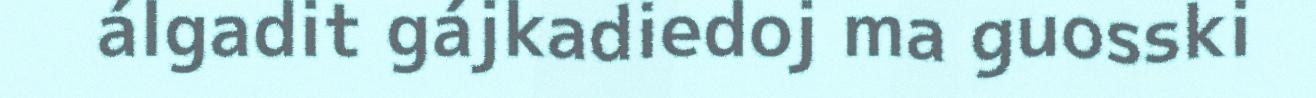
álgadit gájkadiedoj ma guosski